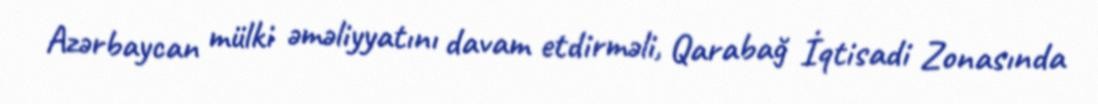
Azərbaycan mülki əməliyyatını davam etdirməli, Qarabağ İqtisadi Zonasında